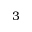
3